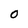
Character: 0